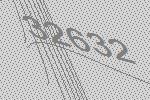
32632